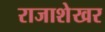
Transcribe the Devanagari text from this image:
राजाशेखर